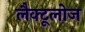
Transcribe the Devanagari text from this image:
लैक्टूलोज